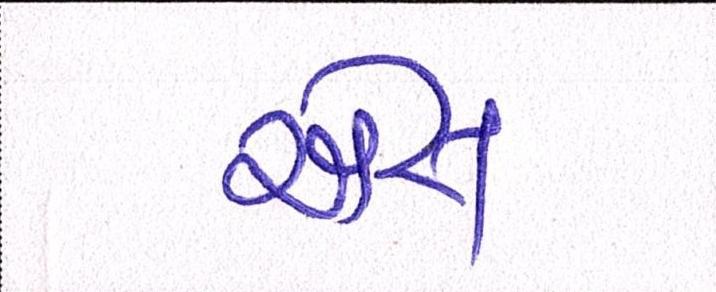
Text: એસ